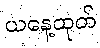
ယနေ့ထုတ်